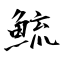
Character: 鯍